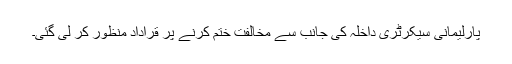
پارلیمانی سیکرٹری داخلہ کی جانب سے مخالفت ختم کرنے پر قراداد منظور کر لی گئی۔